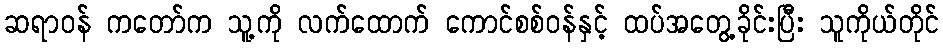
ဆရာဝန် ကတော်က သူ့ကို လက်ထောက် ကောင်စစ်ဝန်နှင့် ထပ်အတွေ့ခိုင်းပြီး သူကိုယ်တိုင်